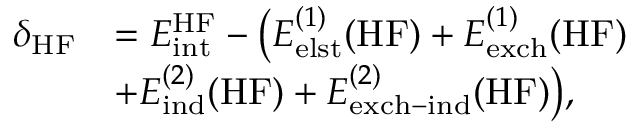
\begin{array} { r l } { \delta _ { \mathrm { H F } } } & { = E _ { \mathrm { i n t } } ^ { \mathrm { H F } } - \big ( E _ { \mathrm { e l s t } } ^ { ( 1 ) } ( \mathrm { H F } ) + E _ { \mathrm { e x c h } } ^ { ( 1 ) } ( \mathrm { H F } ) } \\ & { + E _ { \mathrm { i n d } } ^ { ( 2 ) } ( \mathrm { H F } ) + E _ { \mathrm { e x c h - i n d } } ^ { ( 2 ) } ( \mathrm { H F } ) \big ) , } \end{array}